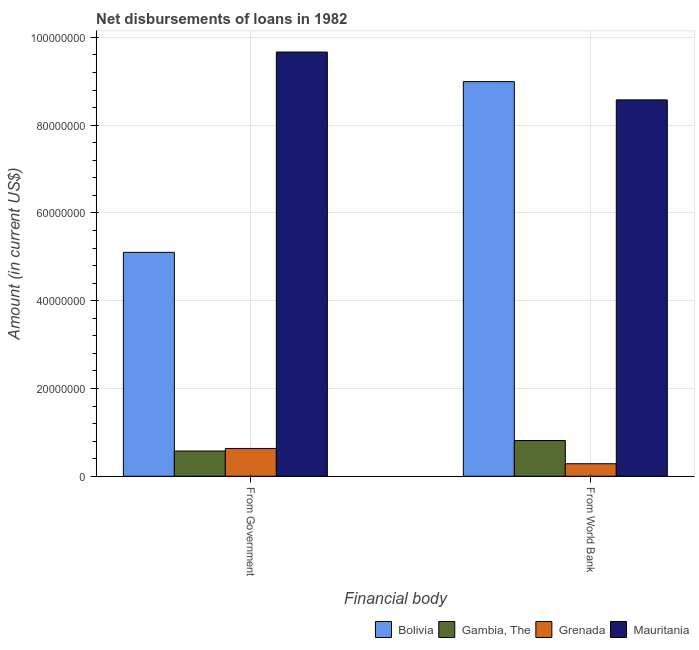
| Financial body | Bolivia | Gambia, The | Grenada | Mauritania |
 | --- | --- | --- | --- | --- |
 | From Government | 5.1e+07 | 5.75e+06 | 6.33e+06 | 9.67e+07 |
 | From World Bank | 8.99e+07 | 8.14e+06 | 2.85e+06 | 8.58e+07 |